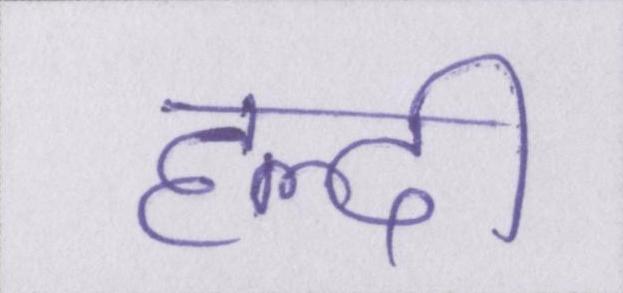
हल्दी